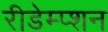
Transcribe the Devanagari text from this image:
रीडेम्प्शन